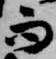
而